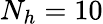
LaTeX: N_{h}=10